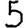
Digit: 5